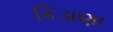
કિડાણા